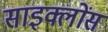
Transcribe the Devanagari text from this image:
साइक्लोंस